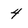
Character: 4